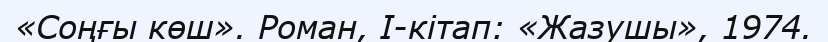
«Соңғы көш». Роман, І-кітап: «Жазушы», 1974.